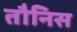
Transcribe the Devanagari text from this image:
तौनिस